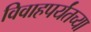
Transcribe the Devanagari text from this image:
विवाहपर्यंतच्या